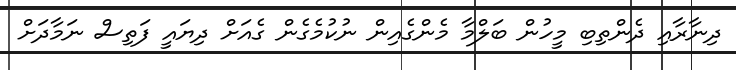
ދިނާރާއި ދެންތިބި މީހުން ބަލްމާ މެންގެއިން ނުކުމެގެން ގެއަށް ދިޔައީ ފަތިސް ނަމާދަށް